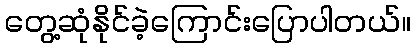
တွေ့ဆုံနိုင်ခဲ့ကြောင်းပြောပါတယ်။